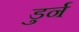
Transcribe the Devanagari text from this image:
डुर्न